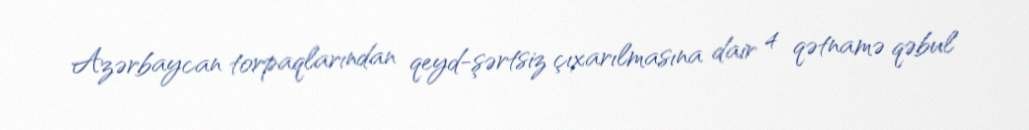
Azərbaycan torpaqlarından qeyd-şərtsiz çıxarılmasına dair 4 qətnamə qəbul